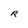
Character: R